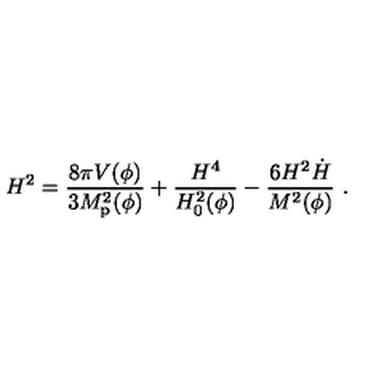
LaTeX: H ^ { 2 } = { \frac { 8 \pi V ( \phi ) } { 3 M _ { \mathrm { p } } ^ { 2 } ( \phi ) } } + { \frac { H ^ { 4 } } { H _ { 0 } ^ { 2 } ( \phi ) } } - { \frac { 6 H ^ { 2 } \dot { H } } { M ^ { 2 } ( \phi ) } } \ .